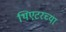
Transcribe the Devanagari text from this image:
थिएटरच्या